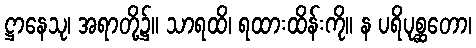
ဋ္ဌာနေသု၊ အရာတို့၌။ သာရထိ၊ ရထားထိန်းကို။ န ပရိပုစ္ဆတော၊